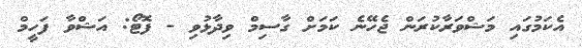
އެކަމުގައި މަޝްވަރާކުރަން ޖެހޭނެ ކަމަށް ގާސިމް ވިދާޅުވި - ފޮޓޯ: އަޝްވާ ފަހީމް